Vaccination in Bombay 1856-1862 - 1856-1862
Year: 1856
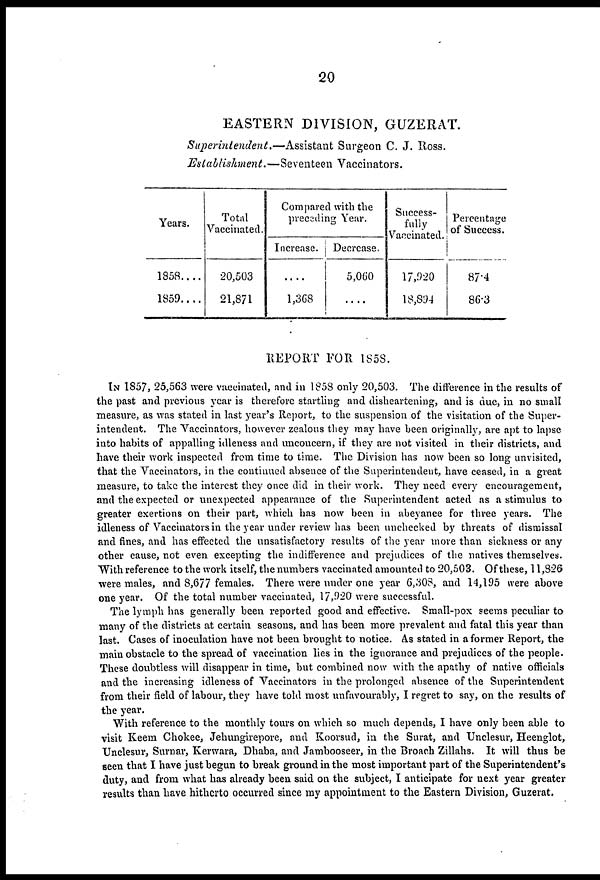
20
EASTERN DIVISION, GUZERAT.
Superintendent.—Assistant
Surgeon C. J. Ross.
Establishment.—Seventeen
Vaccinators.
Years.
1858....
1859....
Total
Vaccinated.
20,503
21,871
Compared with the
preceding Year.
Increase,
....
1,368
Decrease.
5,060
....
Success-
fully
Vaccinated.
17,920
18,894
Percentage
of Success.
87.4
86.3
REPORT FOR 1858.
IN 1857, 25,563 were vaccinated, and in 1858 only 20,503. The difference in the results of
the past and previous year is therefore startling and disheartening, and is due, in no small
measure, as was stated in last year's Report, to the suspension of the visitation of the Super-
intendent. The Vaccinators, however zealous they may have been originally, are apt to lapse
into habits of appalling idleness and unconcern, if they are not visited in their districts, and
have their work inspected from time to time. The Division has now been so long unvisited,
that the Vaccinators, in the continued absence of the Superintendent, have ceased, in a great
measure, to take the interest they once did in their work. They need every encouragement,
and the expected or unexpected appearance of the Superintendent acted as a stimulus to
greater exertions on their part, which has now been in abeyance for three years. The
idleness of Vaccinators in the year under review has been unchecked by threats of dismissal
and fines, and has effected the unsatisfactory results of the year more than sickness or any
other cause, not even excepting the indifference and prejudices of the natives themselves.
"With reference to the work itself, the numbers vaccinated amounted to 20,503. Of these, 11,826
were males, and 8,677 females. There were under one year 6,308, and 14,195 were above
one year. Of the total number vaccinated, 17,920 were successful.
The lymph has generally been reported good and effective. Small-pox seems peculiar to
many of the districts at certain seasons, and has been more prevalent and fatal this year than
last. Cases of inoculation have not been brought to notice. As stated in a former Report, the
main obstacle to the spread of vaccination lies in the ignorance and prejudices of the people.
These doubtless will disappear in time, but combined now with the apathy of native officials
and the increasing idleness of Vaccinators in the prolonged absence of the Superintendent
from their field of labour, they have told most unfavourably, I regret to say, on the results of
the year.
With reference to the monthly tours on which so much depends, I have only been able to
visit Keem Chokee, Jehungirepore, and Koorsud, in the Surat, and Unclesur, Heenglot,
Unclesur, Surnar, Kerwara, Dhaba, and Jambooseer, in the Broach Zillahs. It will thus be
seen that I have just begun to break ground in the most important part of the Superintendent's
duty, and from what has already been said on the subject, I anticipate for next year greater
results than have hitherto occurred since my appointment to the Eastern Division, Guzerat.